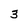
Character: 3